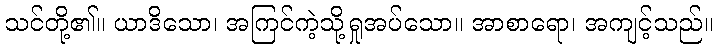
သင်တို့၏။ ယာဒိသော၊ အကြင်ကဲ့သို့ရှုအပ်သော။ အာစာရော၊ အကျင့်သည်။